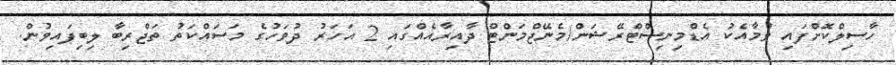
ހާސިލްކޮށްފައި ވުމާއެކު އެޑްމިނިސްޓްރޭޝަން/މެނޭޖްމަންޓް ދާއިރާއެއްގައި 2 އަހަރު ދުވަހުގެ މަސައްކަތު ތަޖްރިބާ ލިބިފައިވުން.